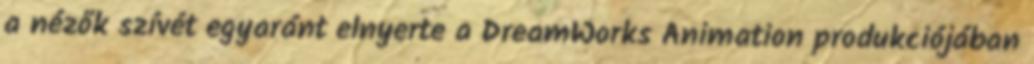
a nézők szívét egyaránt elnyerte a DreamWorks Animation produkciójában